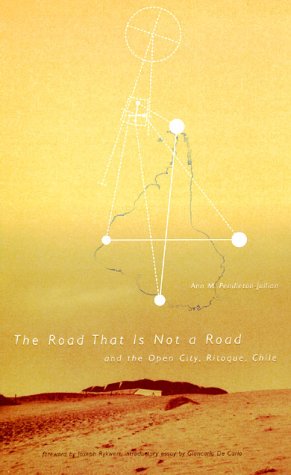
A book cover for Road that Is Not a Road and the Open City, Ritoque, Chile; Ann M. Pendleton-Jullian; Travel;